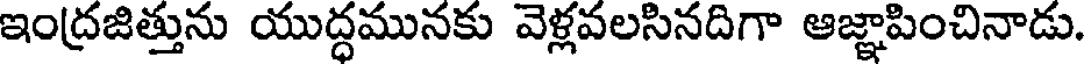
ఇంద్రజిత్తును యుద్ధమునకు వెళ్లవలసినదిగా ఆజ్ఞాపించినాడు.